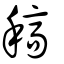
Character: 稿